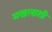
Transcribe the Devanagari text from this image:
मखलाशी